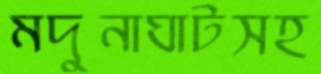
মদুনাঘাটসহ